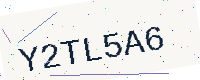
Text: Y2TL5A6